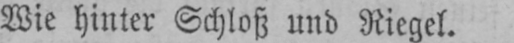
Wie hinter Schloß und Riegel.